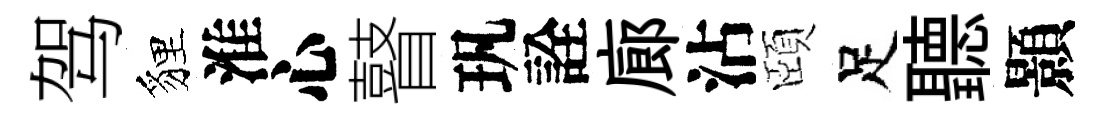
驾貍淮心瞽㺬詮廊沾頤足聽顥